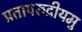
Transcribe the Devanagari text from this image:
प्रतापरुद्रीयमु